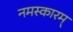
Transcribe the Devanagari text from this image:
नमस्कारम्